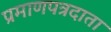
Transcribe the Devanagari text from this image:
प्रमाणपत्रदाता